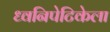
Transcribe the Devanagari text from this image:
ध्वनिपेटिकेला